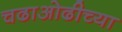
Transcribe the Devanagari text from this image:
चढाओढीच्या